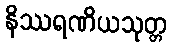
နိဿရဏိယသုတ္တ